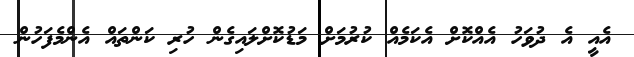
އެއީ އެ ދުވަހު އެއްކޮށް އެކަމެއް ކުރުމަށް މަޑުކޮށްލައިގެން ހުރި ކަންތައް އެންމެފަހުން